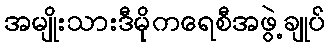
အမျိုးသားဒီမိုကရေစီအဖွဲ့ချုပ်